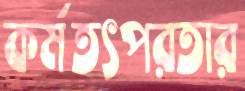
কর্মতৎপরতার